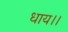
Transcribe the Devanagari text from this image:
धाय।।